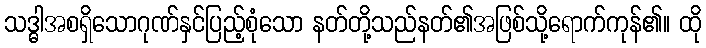
သဒ္ဓါအစရှိသောဂုဏ်နှင်ပြည့်စုံသော နတ်တို့သည်နတ်၏အဖြစ်သို့ရောက်ကုန်၏။ ထို